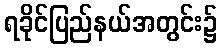
ရခိုင်ပြည်နယ်အတွင်း၌